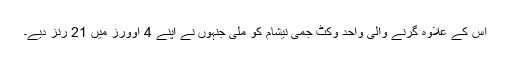
اس کے علاوہ گرنے والی واحد وکٹ جمی نیشام کو ملی جنہوں نے اپنے 4 اوورز میں 21 رنز دیے۔